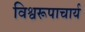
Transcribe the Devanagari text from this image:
विश्वरूपाचार्य